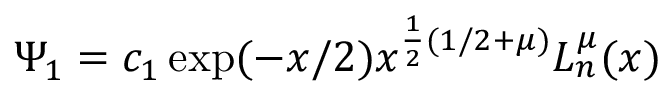
\Psi _ { 1 } = c _ { 1 } \exp ( - x / 2 ) x ^ { \frac 1 2 ( 1 / 2 + \mu ) } L _ { n } ^ { \mu } ( x )